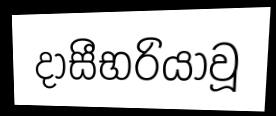
දාසීභරියාවූ